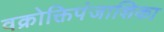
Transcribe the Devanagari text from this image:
वक्रोक्तिपंजाशिका